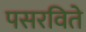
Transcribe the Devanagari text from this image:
पसरविते